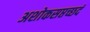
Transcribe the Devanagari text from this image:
अशोकसप्तच्छदं